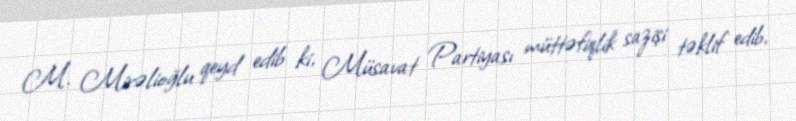
M. Mirəlioğlu qeyd edib ki, Müsavat Partiyası müttəfiqlik sazişi təklif edib,